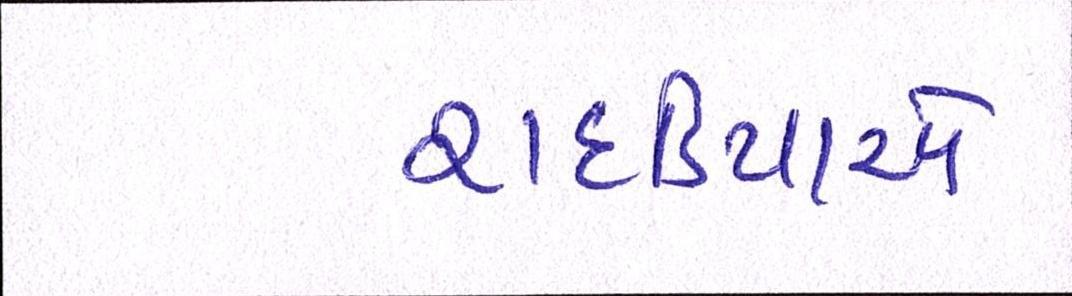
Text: રાદડિયાએ